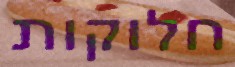
חלוקות